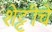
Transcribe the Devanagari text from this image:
शेट्टीचे